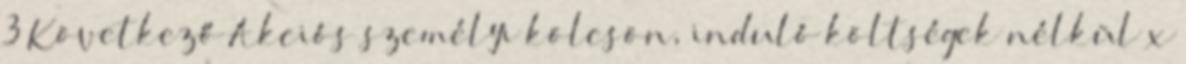
3 Következő Akciós személyi kölcsön, induló költségek nélkül x